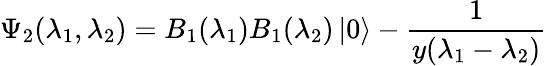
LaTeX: \Psi_{2}(\lambda_{1},\lambda_{2})=B_{1}(\lambda_{1})B_{1}(\lambda_{2})\left|0\right\rangle-\frac{1}{y(\lambda_{1}-\lambda_{2})}